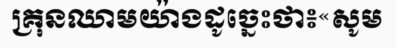
គ្រុនឈាមយ៉ាងដូច្នេះថា៖«សូម